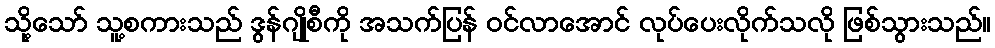
သို့သော် သူ့စကားသည် ဒွန်ဂျိုစီကို အသက်ပြန် ဝင်လာအောင် လုပ်ပေးလိုက်သလို ဖြစ်သွားသည်။